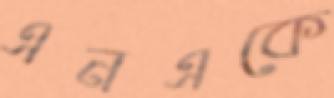
এনএকে